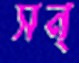
সন্